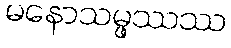
မနောသမ္ဖဿဿ